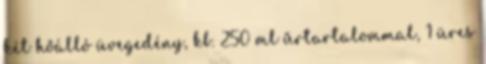
két hőálló üvegedény, kb. 250 ml űrtartalommal, 1 üres